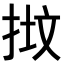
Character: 𢭷